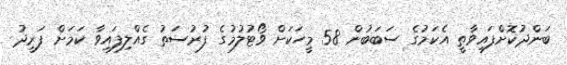
ބަންދުކޮށްފައިވާތީ އެކަމުގެ ސަބަބުން 58 މީހަކަށް ވޯޓުލުމުގެ ފުރުސަތު ގެއްލިފައިވާ ކަމަށް ފަރީދު